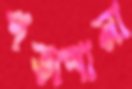
পড়াশানা